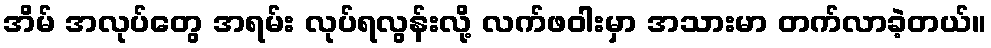
အိမ် အလုပ်တွေ အရမ်း လုပ်ရလွန်းလို့ လက်ဖဝါးမှာ အသားမာ တက်လာခဲ့တယ်။